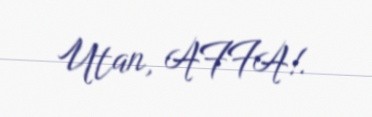
Utan, AFFA!.